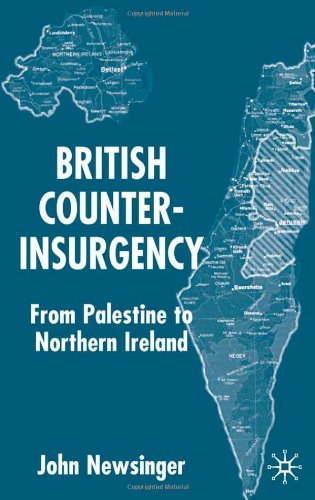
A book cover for British Counterinsurgency: From Palestine to Northern Ireland; John Newsinger; History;